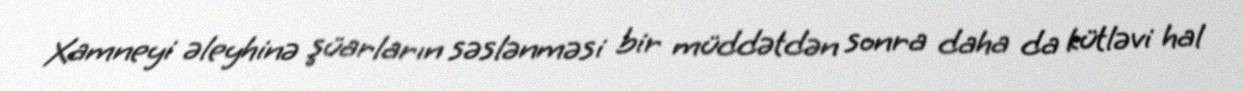
Xamneyi əleyhinə şüarların səslənməsi bir müddətdən sonra daha da kütləvi hal